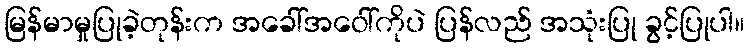
မြန်မာမှုပြုခဲ့တုန်းက အခေါ်အဝေါ်ကိုပဲ ပြန်လည် အသုံးပြု ခွင့်ပြုပါ။